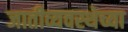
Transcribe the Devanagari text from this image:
जातीव्यवस्थेच्या